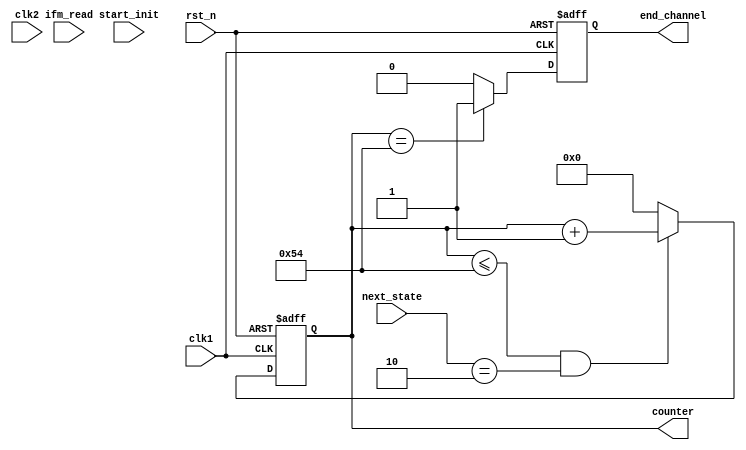
module CONTROL_CHANNEL #( parameter DATA_WIDTH = 16 ,NUM_CHANNEL = 3, IFM_WIDTH = 9, IFM_HEIGHT = 9, OFM_SIZE = 7, KERNEL_SIZE = 3) (
		clk1
	 ,rst_n
	 ,clk2
	 ,ifm_read
	 ,start_init
	 ,end_channel
	 ,next_state
	 ,counter
);
input clk1;
input clk2;
input start_init;
input rst_n;
input ifm_read;
input [2:0] next_state;
output [15:0] counter;

output end_channel;
reg end_channel;
reg [15:0] counter ;

always @(posedge clk1 or negedge rst_n) begin
	if(!rst_n) begin
		end_channel <= 0;
		counter <= 0;
	end
	else begin
	  counter <= ( counter <= IFM_WIDTH * IFM_HEIGHT + KERNEL_SIZE && next_state == 2) ? counter + 1 : 0;
		end_channel <= (counter == IFM_WIDTH * IFM_HEIGHT + KERNEL_SIZE) ? 1 : 0; 
	end
end

endmodule